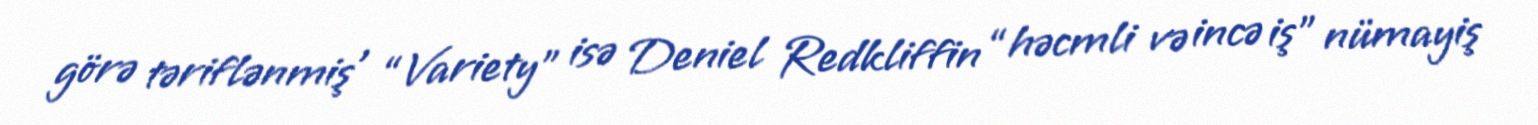
görə təriflənmiş , “Variety” isə Deniel Redkliffin “həcmli və incə iş” nümayiş